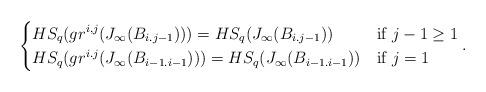
LaTeX: \begin{align*}\begin{cases} \displaystyle HS_{q}(gr^{i,j}(J_{\infty}(B_{i.j-1})))=HS_{q}(J_{\infty}(B_{i.j-1}))& \mbox{if } j-1\geq 1\\ HS_{q}(gr^{i.j}(J_{\infty}(B_{i-1.i-1})))=HS_{q}(J_{\infty}(B_{i-1.i-1})) & \mbox{if } j=1\\\end{cases}.\end{align*}